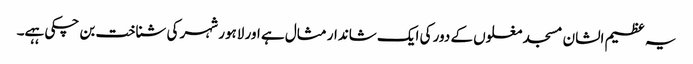
یہ عظیم الشان مسجد مغلوں کے دور کی ایک شاندار مثال ہے اور لاہور شہر کی شناخت بن چکی ہہے۔